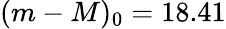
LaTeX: (m-M)_{0}=18.41